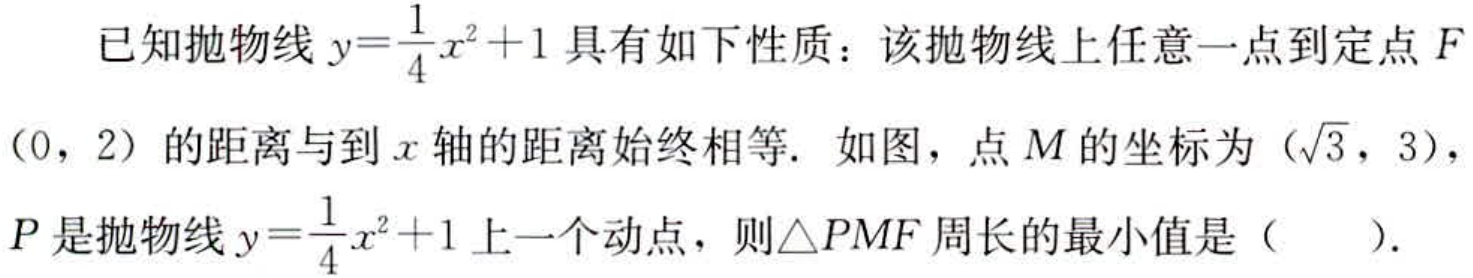
已知抛物线\(y = \frac{1}{4}x^{2}+1\)具有如下性质：该抛物线上任意一点到定点\(F\)（0，2）的距离与到\(x\)轴的距离始终相等. 如图，点\(M\)的坐标为\((\sqrt{3},3)\)，\(P\)是抛物线\(y = \frac{1}{4}x^{2}+1\)上一个动点，则\(\triangle PMF\)周长的最小值是（  ）.